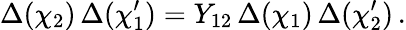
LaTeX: \Delta(\chi_{2})\, \Delta(\chi_{1}^{\prime})=Y_{12}\, \Delta(\chi_{1})\, \Delta(\chi_{2}^{\prime})\, .